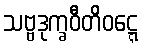
သဗ္ဗဒုက္ခဝီတိဝဋ္ဋေ